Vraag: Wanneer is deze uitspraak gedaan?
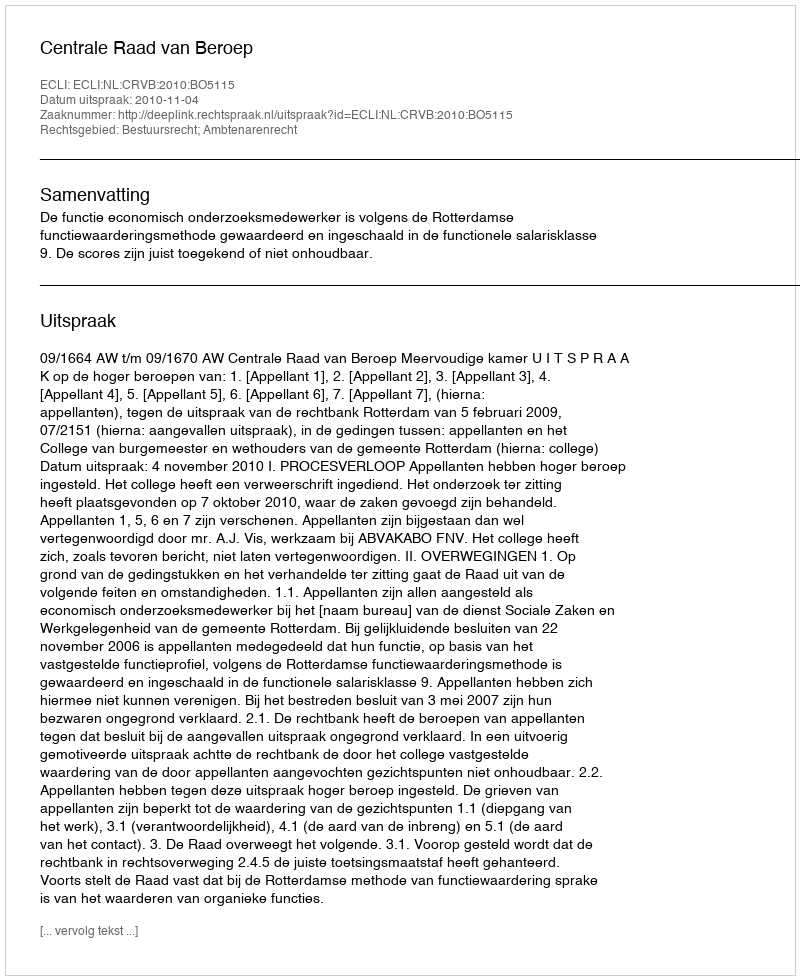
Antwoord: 2010-11-04